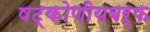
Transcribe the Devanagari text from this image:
षट्कोणीयबर्फ